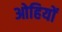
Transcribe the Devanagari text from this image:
ओहियों